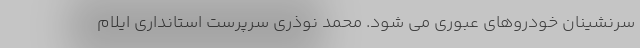
سرنشینان خودروهای عبوری می شود. محمد نوذری سرپرست استانداری ایلام